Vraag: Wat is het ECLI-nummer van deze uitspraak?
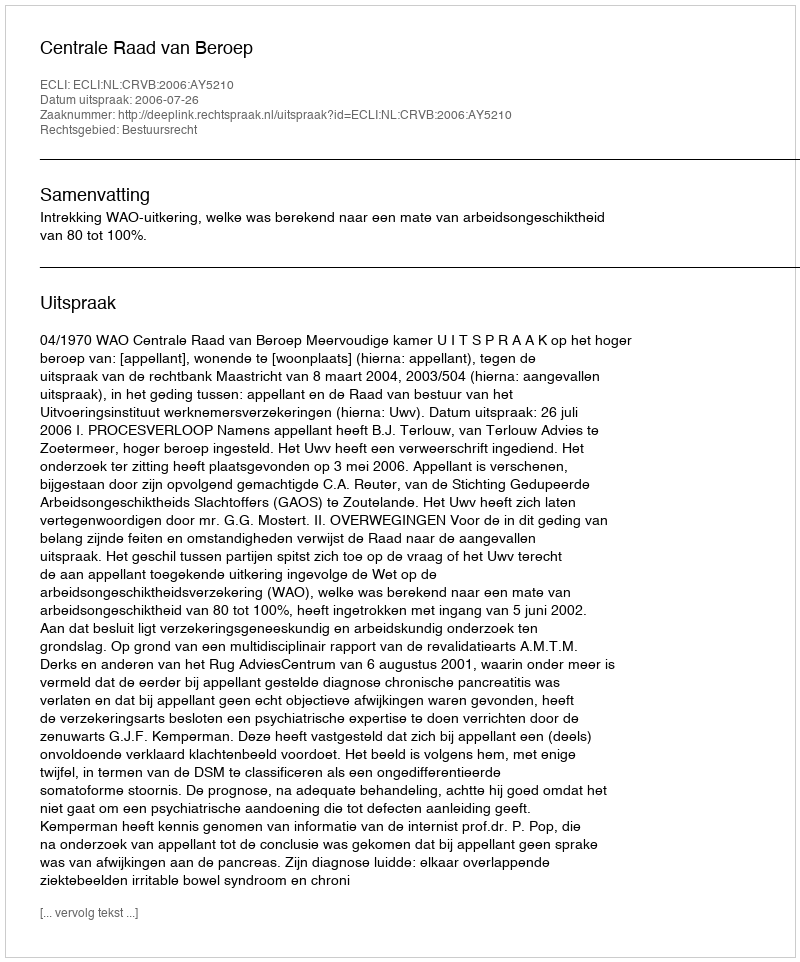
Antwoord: ECLI:NL:CRVB:2006:AY5210